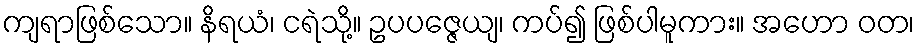
ကျရာဖြစ်သော။ နိရယံ၊ ငရဲသို့။ ဥပပဇ္ဇေယျ၊ ကပ်၍ ဖြစ်ပါမူကား။ အဟော ဝတ၊